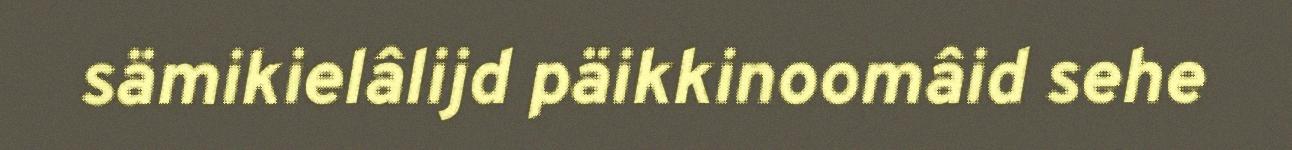
sämikielâlijd päikkinoomâid sehe